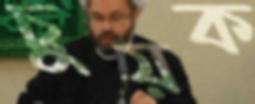
চুয়ক